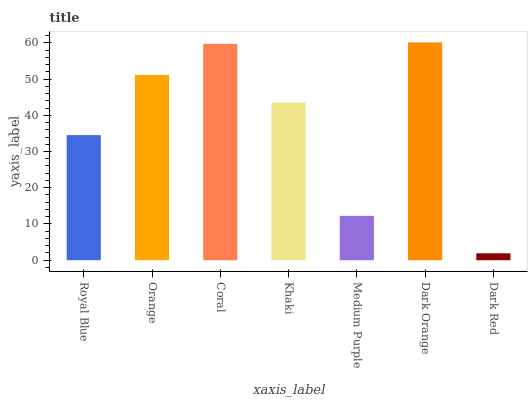
| xaxis_label | bars |
 | --- | --- |
 | Royal Blue | 34.5 |
 | Orange | 51.1 |
 | Coral | 59.7 |
 | Khaki | 43.5 |
 | Medium Purple | 12.2 |
 | Dark Orange | 60.1 |
 | Dark Red | 1.91 |